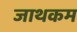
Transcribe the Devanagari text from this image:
जाथकम